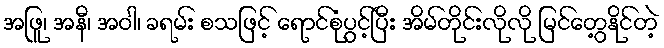
အဖြူ၊ အနီ၊ အဝါ၊ ခရမ်း စသဖြင့် ရောင်စုံပွင့်ပြီး အိမ်တိုင်းလိုလို မြင်တွေ့နိုင်တဲ့